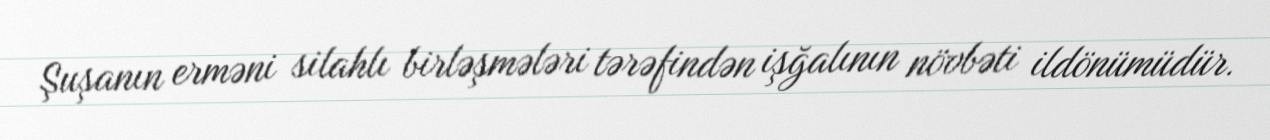
Şuşanın erməni silahlı birləşmələri tərəfindən işğalının növbəti ildönümüdür.